system: You are a helpful assistant.
user:
Analyze the provided spectrum to determine if it is a **White Dwarf (WD)**.

A White Dwarf spectrum is defined by its **extreme purity** (due to gravitational settling) and/or **extreme pressure broadening** (due to high surface gravity). You must check for one of the following mutually exclusive signatures:

- **Key Visual Indicators (Check for ONE of these types):**

    - **1. DA-Type Signature (Most Common):**
        - **(Primary Feature):** Extreme pressure broadening (Stark broadening) of the **Hydrogen (H) Balmer lines**.
        - **(Key Lines):** $H\beta$ (approx. $4861$ Å) and $H\gamma$ (approx. $4340$ Å). $H\alpha$ (approx. $6563$ Å) will also be present if the wavelength range covers it.
        - **(Line Profile):** This is the **defining feature**. The lines are **NOT** sharp. They appear as massive, **extremely broad and deep "troughs" or "dips"** in the spectrum, often hundreds of Ångströms wide. The continuum will appear to "scoop" down at these wavelengths.
        - **(Distinction):** Normal A-type or B-type stars have *narrow* and *sharp* Hydrogen lines. A DA White Dwarf's lines are unmistakably "smeared" or "blurry" from pressure.

    - **2. DB-Type Signature:**
        - **(Primary Feature):** Broad absorption lines from **Neutral Helium (He I)**. The spectrum must lack any visible Hydrogen lines.
        - **(Key Lines):** Look for broad absorption near $4471$ Å, $4921$ Å, and $5876$ Å.
        - **(Line Profile):** These lines are also significantly pressure-broadened, appearing much wider than they would in a normal B-type main-sequence star.

    - **3. DC-Type Signature:**
        - **(Primary Feature):** A **featureless continuous spectrum**.
        - **(Line Profile):** The spectrum is a smooth curve with **no significant absorption or emission lines**.
        - **(Key Confirmation):** The continuum is almost always **blue or white**, indicating a hot object. This signature implies the atmosphere is so pure (or so cool) that no spectral lines are visible in the optical range. Its WD identity is confirmed by its extremely low intrinsic brightness (high absolute magnitude).

    - **4. DZ-Type Signature (Metal-Polluted):**
        - **(Primary Feature):** **Isolated, narrow metal absorption lines** on an otherwise featureless (DC-like) continuum.
        - **(Key Lines):** The **Calcium (Ca II) H & K doublet** (approx. **$3934$ Å** and **$3968$ Å**) is the most common and defining feature.
        - **(Line Profile):** These lines are "out of place." They are *not* part of a "forest" of thousands of lines. This signature is evidence of recent *accretion* (pollution) from rocky debris.
        - **(Distinction):** Normal G/K/M stars have a *dense forest* of thousands of metal lines. A DZ has a *clean* continuum with *only a few* strong metal lines.

    - **5. DQ-Type Signature (Carbon-Polluted):**
        - **(Primary Feature):** Absorption bands from **Carbon (C₂ "Swan Bands" or atomic C I)**.
        - **(Key Lines - C₂):** Look for bandheads with a "saw-tooth" shape near $5635$ Å, **$5165$ Å** (strongest), and $4737$ Å.
        - **(Key Confirmation):** The underlying **continuum must be blue or white** (hot).
        - **(Distinction):** This is the critical difference from a **Carbon Star**, which has the *exact same* C₂ bands but on an extremely **red, cool** continuum.

- **(Overall Spectrum):**
    - The continuum (overall shape) is typically **blue-sloping** (brighter in the blue than the red), as most white dwarfs are very hot.
    - The spectrum will look "pure" or "simple," dominated by only *one* of the five signatures listed above.

Think first, call **spectral_visualization_tool** if needed to examine features in detail, then provide your final answer. Your response must adhere to the following strict rules:
1.  **Overall Structure:** Your response must follow the format `<think>...</think> <tool_call>...</tool_call> (if a tool is used) <answer>...</answer>`.
2.  **Tool Usage Constraint:** You may only make **one** tool call per turn.
3.  **Final Answer Format:** In the `<answer>` tag, your conclusion must be inside a `\boxed{}` command (e.g., `\boxed{YES}` or `\boxed{NO}`), followed by your justification.

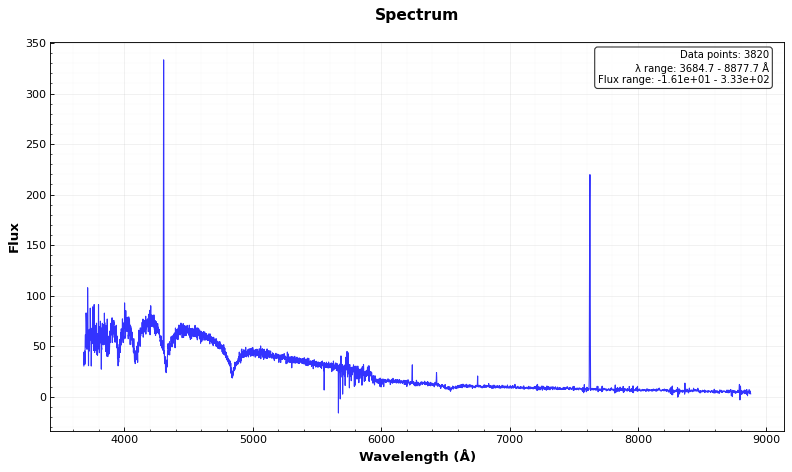
Answer: YES